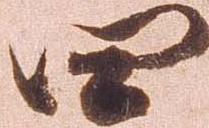
四